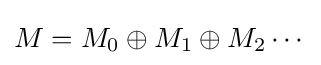
M=M_{0}\oplus M_{1}\oplus M_{2}\cdots